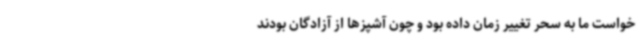
خواست ما به سحر تغییر زمان داده بود و چون آشپزها از آزادگان بودند